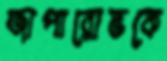
জাপারোভকে